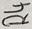
Text: R4